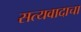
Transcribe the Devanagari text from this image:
सत्यवादाचा